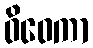
ဝိဝေကာ